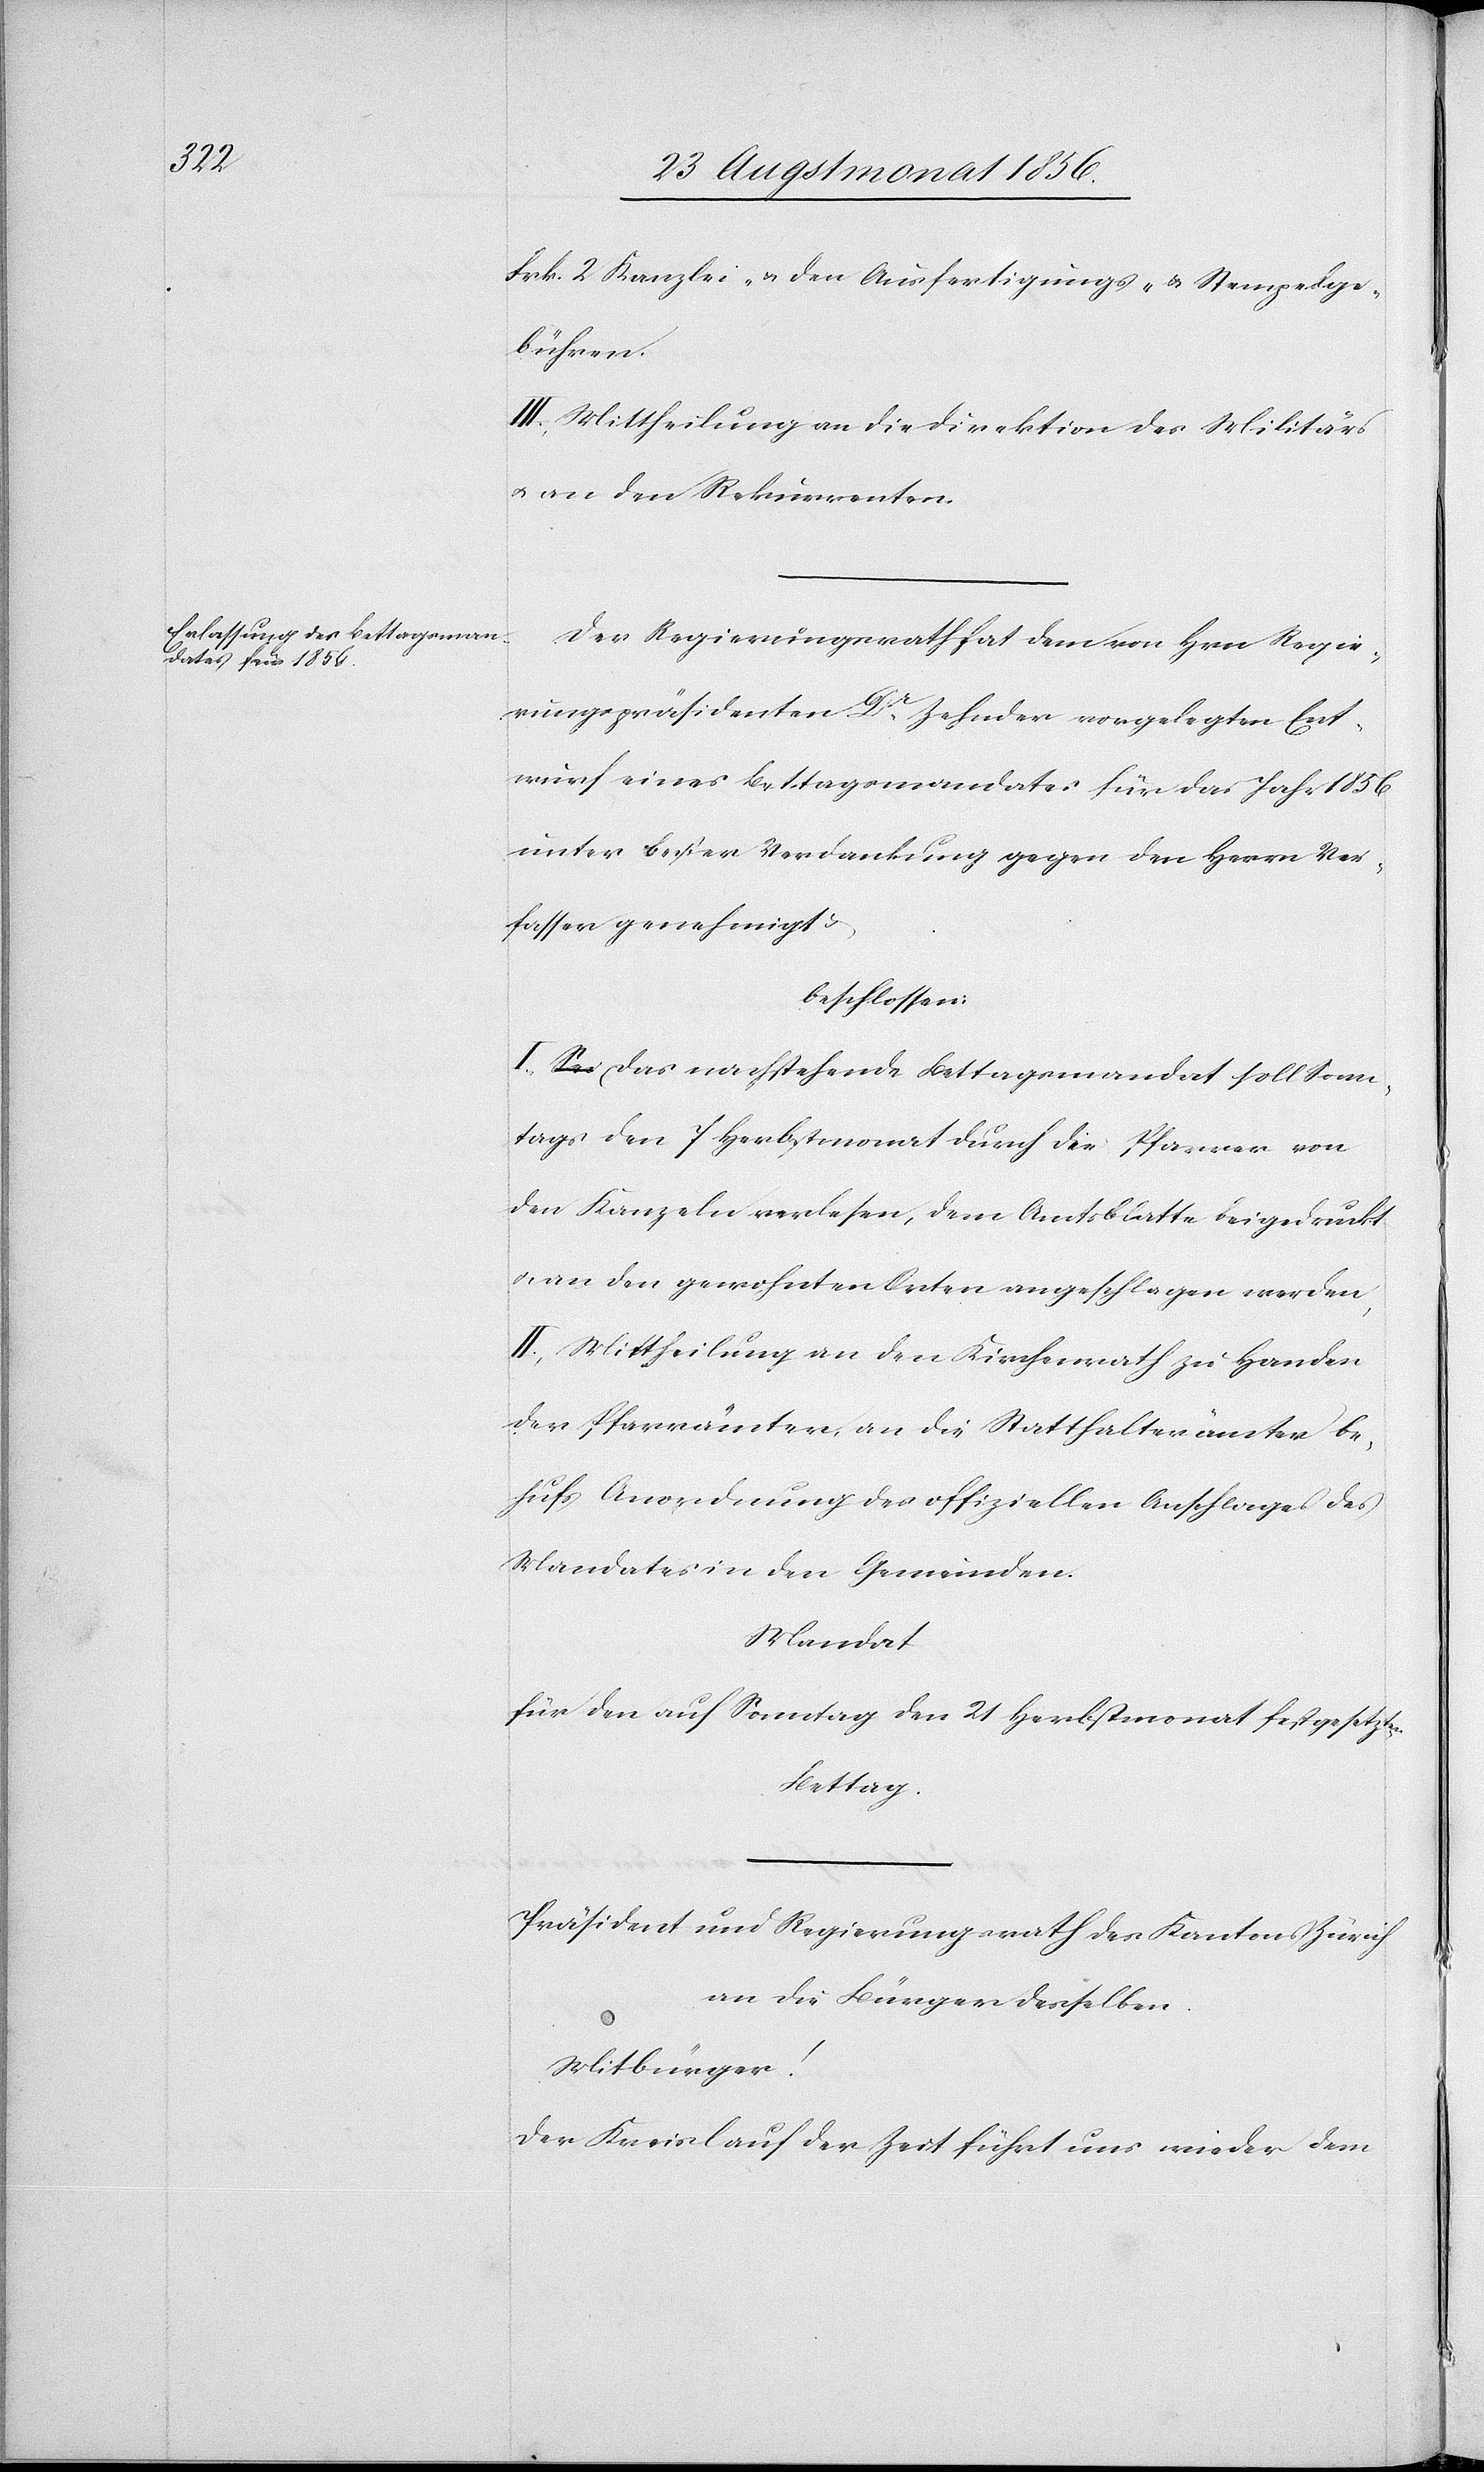
Frk. 2 Kanzlei- u. den Ausfertigungs- u. Stempelge¬
bühren.
III.) Mittheilung an die Direktion des Militärs
u. an den Rekurrenten.
Der Regierungsrath hat dem von Hrn Regie¬
rungspräsidenten Dr Zehnder vorgelegten Ent¬
wurf eines Bettagsmandates für das Jahr 1856
unter bester Verdankung gegen den Herrn Ver¬
fasser genehmigt &
beschlossen:
I.) Das nachstehende Bettagsmandat soll Sonn¬
tags den 7 Herbstmonat durch die Pfarrer von
den Kanzeln verlesen, dem Amtsblatte beigedruckt
u. an den gewohnten Orten angeschlagen werden,
II.) Mittheilung an den Kirchenrath zu Handen
der Pfarrämter, an die Statthalterämter be¬
hufs Anordnung des offiziellen Anschlages des
Mandates in den Gemeinden.
Mandat
für den auf Sonntag den 21 Herbstmonat festgesetzten
Bettag.
Präsident und Regierungsrath des Kantons Zürich
an die Bürger desselben.
Mitbürger!
Der Kreislauf der Zeit führt uns wieder dem